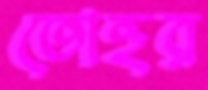
তোহুর